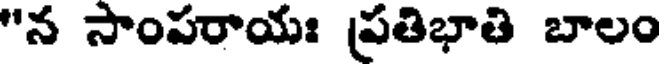
"న సాంపరాయః ప్రతిభాతి బాలం